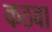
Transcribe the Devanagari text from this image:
कठवा